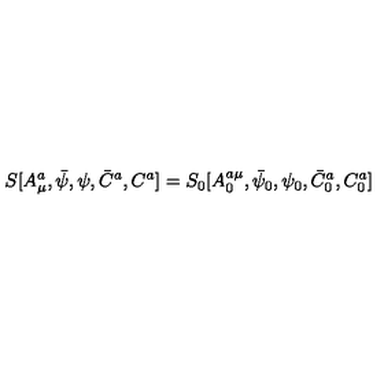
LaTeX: S [ A _ { \mu } ^ { a } , \bar { \psi } , \psi , \bar { C } ^ { a } , C ^ { a } ] = S _ { 0 } [ A _ { 0 } ^ { a \mu } , \bar { \psi } _ { 0 } , \psi _ { 0 } , \bar { C } _ { 0 } ^ { a } , C _ { 0 } ^ { a } ]